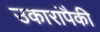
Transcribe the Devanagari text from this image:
उकारांपैकी